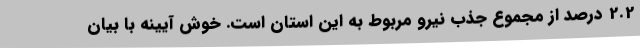
2.2 درصد از مجموع جذب نیرو مربوط به این استان است. خوش آیینه با بیان